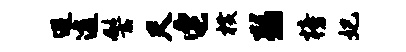
避透髻尺它横弱榜妃